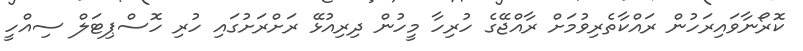
ކޮރޯނާވައިރަހުން ރައްކާތެރިވުމަށް ރާއްޖޭގެ ހުރިހާ މީހުން ދިރިއުޅޭ ރަށްރަށުގައި ހުރި ހޮސްޕިޓަލް ސިއްހީ